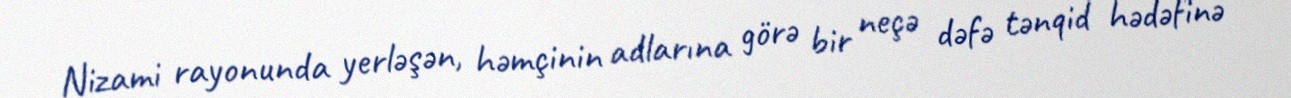
Nizami rayonunda yerləşən, həmçinin adlarına görə bir neçə dəfə tənqid hədəfinə